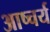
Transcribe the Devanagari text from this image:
आष्चर्य